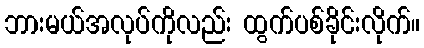
ဘားမယ်အလုပ်ကိုလည်း ထွက်ပစ်ခိုင်းလိုက်။